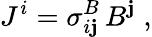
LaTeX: {J}^{i}={\sigma}_{i\mathbf{j}}^{B}\, {B}^{\mathbf{j}}\; ,